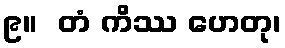
၉။  တံ ကိဿ ဟေတု၊